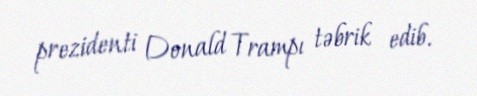
prezidenti Donald Trampı təbrik edib.